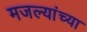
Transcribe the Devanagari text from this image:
मजल्यांच्या